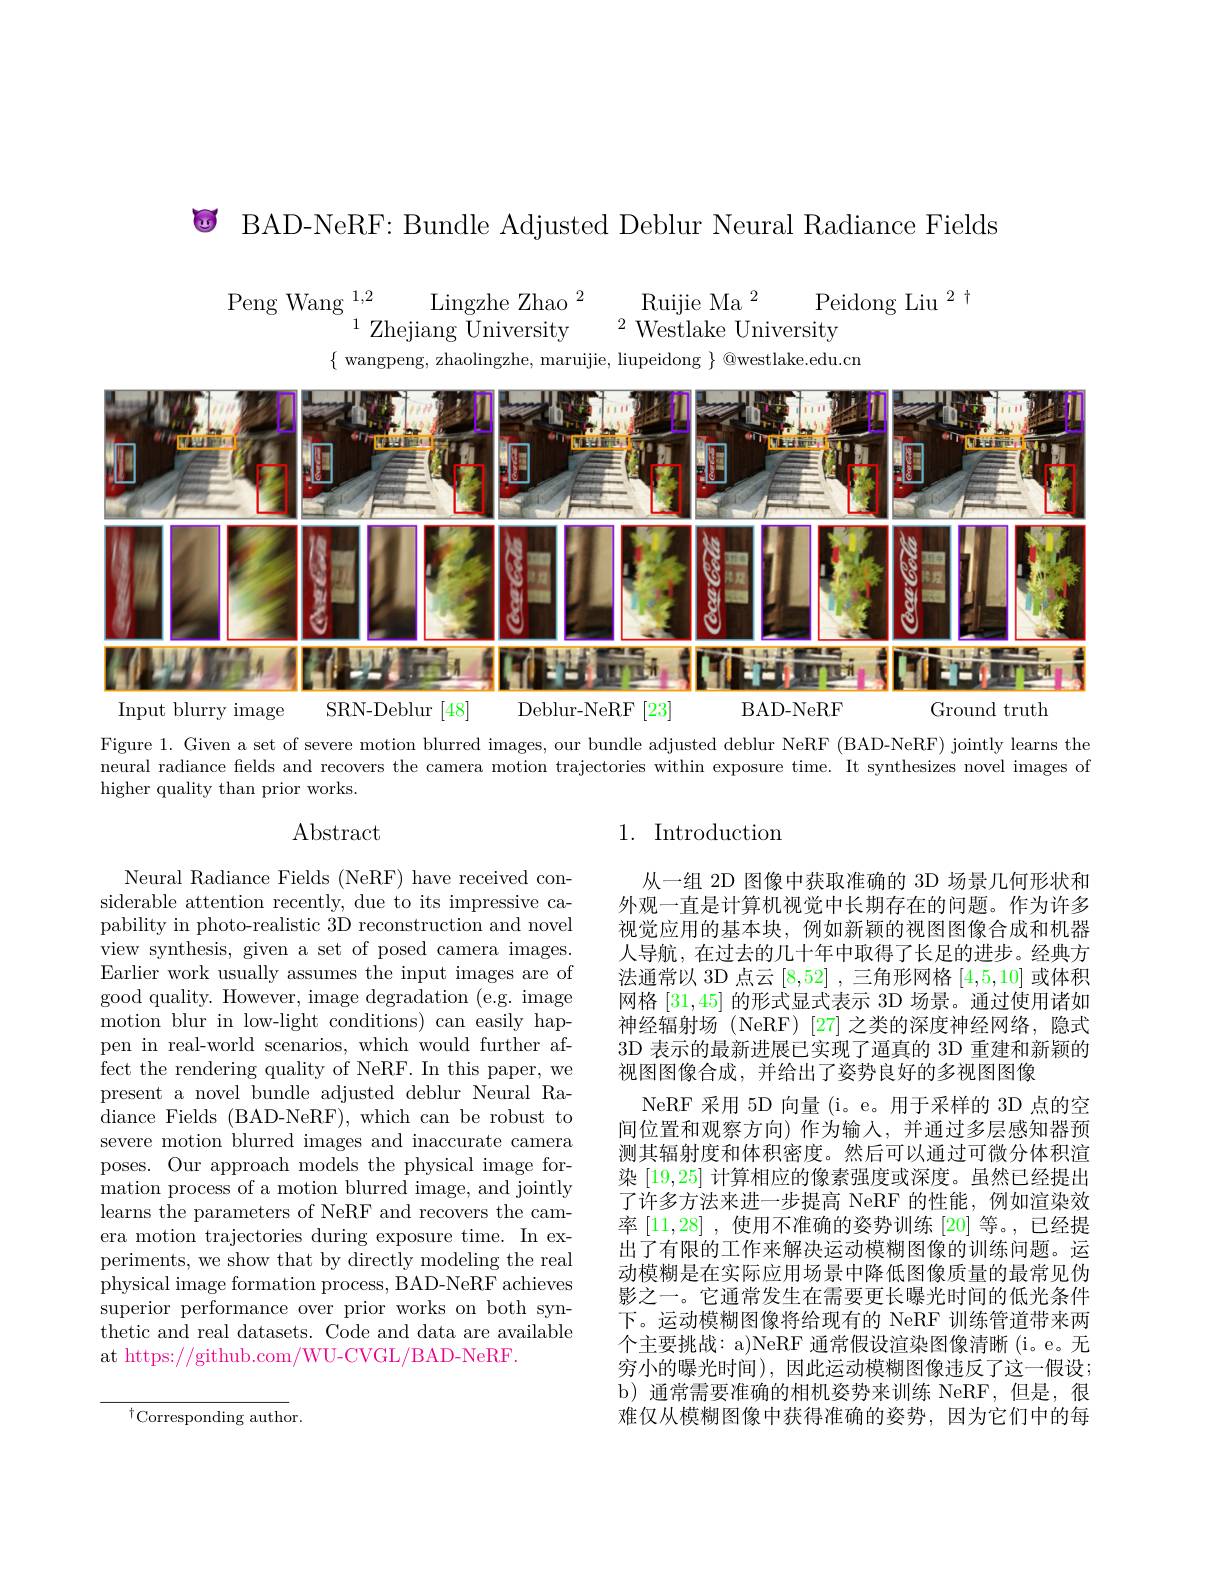
$\textcircled{6}$ BAD-NeRF: Bundle Adjusted Deblur Neural Radiance Fields

$\operatorname { Peng} \operatorname { Wang} _{1, 2}\overset {1, 2}{\operatorname* { \operatorname* { \operatorname* { Lingzhe Zhao} } } }{\operatorname* { \operatorname* { Lingzhe Zhao} } }^{2}$ $\begin{array} { c c } {{\mathrm{Ruijie~Ma}}}\\ {{\mathrm{Peidong~Liu}}}\end{array} ^{2}+$

$\{$ wangpeng, zhaolingzhe, maruijie, liupeidong $\}$ @westlake.edu.cn

<FigureHere>

Figure 1. Given a set of severe motion blurred images, our bundle adjusted deblur NeRF (BAD-NeRF) jointly learns the neural radiance fields and recovers the camera motion trajectories within exposure time. It synthesizes novel images of higher quality than prior works.

## Abstract

## 1. Introduction

Neural Radiance Fields (NeRF) have received considerable attention recently, due to its impressive capability in photo-realistic 3D reconstruction and novel view synthesis, given a set of posed camera images. Earlier work usually assumes the input images are of good quality. However, image degradation (e.g. image motion blur in low-light conditions) can easily happen in real-world scenarios, which would further affect the rendering quality of NeRF. In this paper, we present a novel bundle adjusted deblur Neural Radiance Fields (BAD-NeRF), which can be robust to severe motion blurred images and inaccurate camera poses. Our approach models the physical image formation process of a motion blurred image, and jointly learns the parameters of NeRF and recovers the camera motion trajectories during exposure time. In experiments, we show that by directly modeling the real physical image formation process, BAD-NeRF achieves superior performance over prior works on both synthetic and real datasets. Code and data are available at https://github.com/WU-CVGL/BAD-NeRF.

从一组 2D 图像中获取准确的 3D 场景几何形状和外观一直是计算机视觉中长期存在的问题。作为许多视觉应用的基本块，例如新颖的视图图像合成和机器人导航，在过去的几十年中取得了长足的进步。经典方法通常以 3D 点云[8,52] ,三角形网格[4,5,10]或体积网格$[31,45]\dot{\text{ 的形式显式表示 3D 场景。通过使用诸如}}$ 神经辐射场 (NeRF)[27]之类的深度神经网络，隐式3D 表示的最新进展已实现了逼真的 3D 重建和新颖的视图图像合成，并给出了姿势良好的多视图图像
NeRF 采用 5D 向量 (i。e。用于采样的 3D 点的空间位置和观察方向) 作为输入，并通过多层感知器预测其辐射度和体积密度。然后可以通过可微分体积渲染[19,25]计算相应的像素强度或深度。虽然已经提出了许多方法来进一步提高 NeRF 的性能，例如渲染效率[11,28] ,使用不准确的姿势训练[20]等。,已经提出了有限的工作来解决运动模糊图像的训练问题。运动模糊是在实际应用场景中降低图像质量的最常见伪影之一。它通常发生在需要更长曝光时间的低光条件下。运动模糊图像将给现有的 NeRF 训练管道带来两个主要挑战：a)NeRF 通常假设渲染图像清晰(i。e。无穷小的曝光时间),因此运动模糊图像违反了这一假设； b) 通常需要准确的相机姿势来训练 NeRF,但是，很难仅从模糊图像中获得准确的姿势，因为它们中的每

${{^{\dagger}\mathrm{Corresponding~author}}}.$